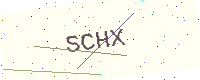
Text: SCHX